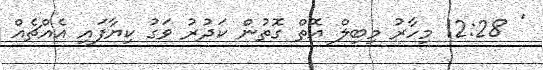
' 12:28 މިހާރު މިބިލް އޮތް ގޮތުން ކަދުރު ވަގު ކިޔާފައި އެއްޗެއް